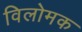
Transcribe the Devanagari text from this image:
विलोमक